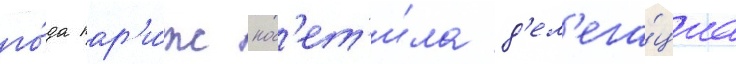
го́да пар'и́ж пос'ет'и́ла д'ел'ега́циа